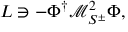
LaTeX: { \cal L } \owns - { \Phi } ^ { \dagger } { \mathcal { M } } _ { S ^ { \pm } } ^ { 2 } { \Phi } ,